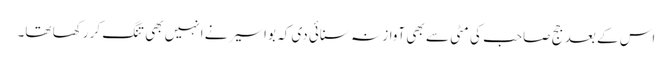
اس کے بعد جج صاحب کی مٹی سے بھی آواز نہ سنائی دی کہ بواسیر نے انہیں بھی تنگ کر رکھا تھا۔